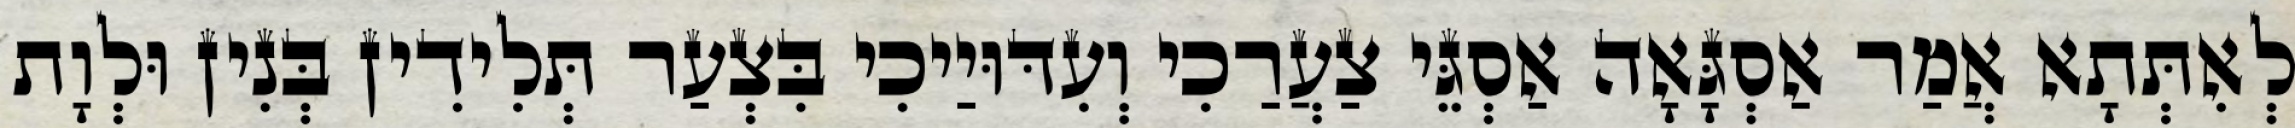
לְאִתְּתָא אֲמַר אַסְגָּאָה אַסְגֵּי צַעֲרַכִי וְעִדּוּיַיכִי בִּצְעַר תְּלִידִין בְּנִין וּלְוָת